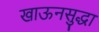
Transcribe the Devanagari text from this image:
खाऊनसुद्धा